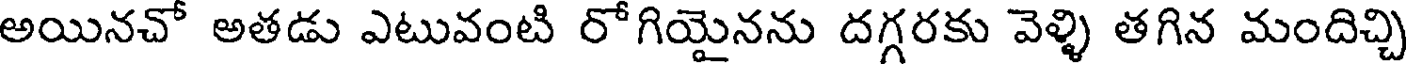
అయినచో అతడు ఎటువంటి రోగియైనను దగ్గరకు వెళ్ళి తగిన మందిచ్చి